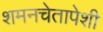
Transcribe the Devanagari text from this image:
शमनचेतापेशी